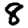
Digit: 8